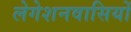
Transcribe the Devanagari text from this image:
लेगेशनवासियों